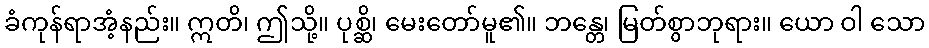
ခံကုန်ရာအံ့နည်း။ ဣတိ၊ ဤသို့။ ပုစ္ဆိ၊ မေးတော်မူ၏။ ဘန္တေ၊ မြတ်စွာဘုရား။ ယော ဝါ သော